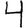
Digit: 4